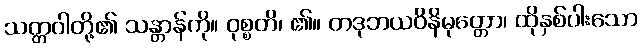
သတ္တဝါတို့၏ သန္တာန်ကို။ ဝုစ္စတိ၊ ၏။ တဒုဘယဝိနိမုတ္တော၊ ထိုနှစ်ပါးသော